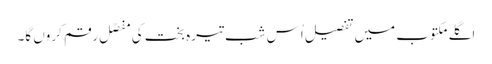
اگلے مکتوب میں تفصیل اُس شبِ تیرہ بخت کی مفصّل رقم کروں گا۔